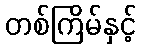
တစ်ကြိမ်နှင့်